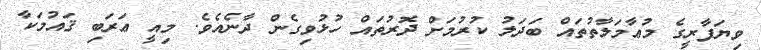
ވިޔަފާރީގެ މުޢާމަލާތުތައް ބަދަލު ކުރުމަށް ދޮރުތައް ހުޅުވިގެން ދާނެއެވެ. މިއީ ޢަރަބި ޤައުމަކާ